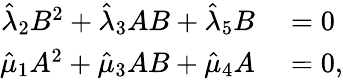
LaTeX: \begin{array}{rl}{\hat{\lambda}_{2}B^{2}+\hat{\lambda}_{3}AB+\hat{\lambda}_{5}B}&{{}=0}\\ {\hat{\mu}_{1}A^{2}+\hat{\mu}_{3}AB+\hat{\mu}_{4}A}&{{}=0,}\end{array}